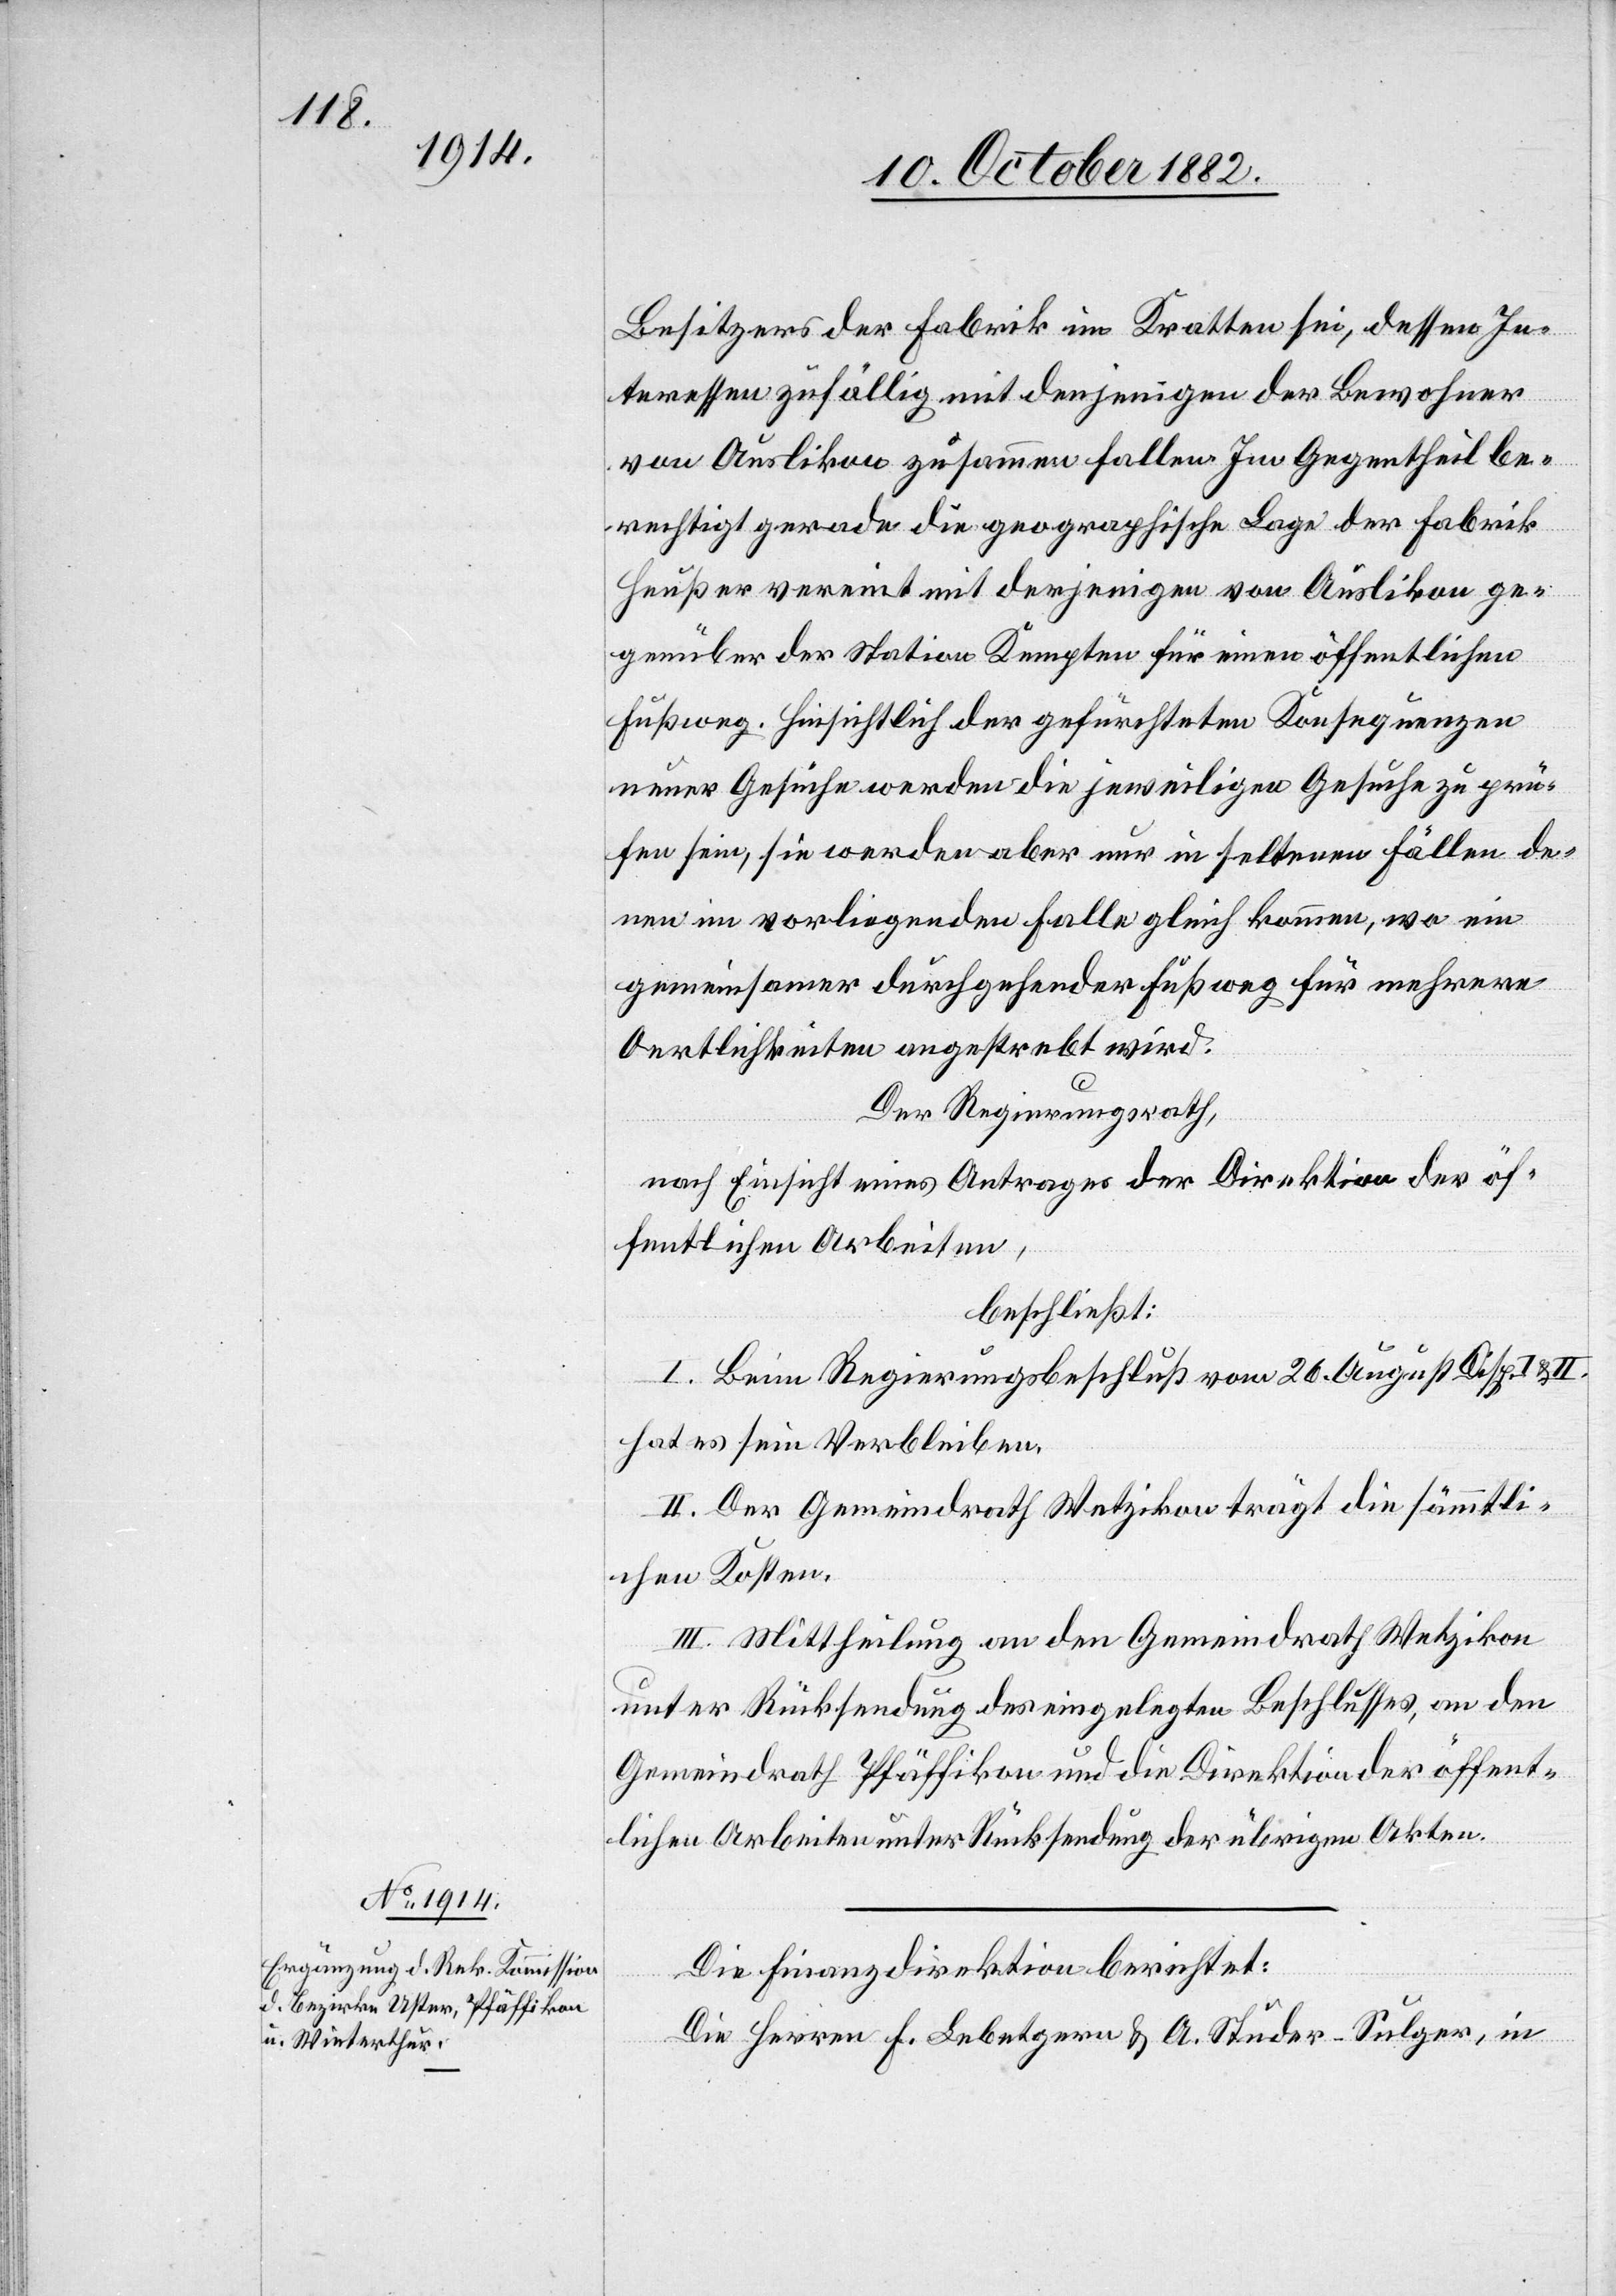
Besitzers der Fabrik im Kratten sei, dessen In¬
teressen zufällig mit denjenigen der Bewohner
von Auslikon zusammen fallen. Im Gegentheil be¬
rechtigt gerade die geographische Lage der Fabrik
Heußer vereint mit derjenigen von Auslikon ge¬
genüber der Station Kempten für einen öffentlichen
Fußweg. Hinsichtlich der gefürchteten Konsequenzen
neuer Gesuche werden die jeweiligen Gesuche zu prü¬
fen sein, sie werden aber nur in seltenen Fällen de¬
nen im vorliegenden Falle gleich kommen, wo ein
gemeinsamer durchgehender Fußweg für mehrere
Oertlichkeiten angestrebt wird.
Der Regierungsrath,
nach Einsicht eines Antrages der Direktion der öf¬
fentlichen Arbeiten,
beschließt:
I. Beim Regierungsbeschluß vom 26. August Disp. I & II.
hat es sein Verbleiben.
II. Der Gemeindrath Wetzikon trägt die sämmtli¬
chen Kosten.
III. Mittheilung an den Gemeindrath Wetzikon
unter Rücksendung des eingelegten Beschlusses, an den
Gemeindrath Pfäffikon und die Direktion der öffent¬
lichen Arbeiten unter Rücksendung der übrigen Akten.
Die Finanzdirektion berichtet:
Die Herren F. Lebetgern & A. Studer-Sulger, in